Elephants and their diseases
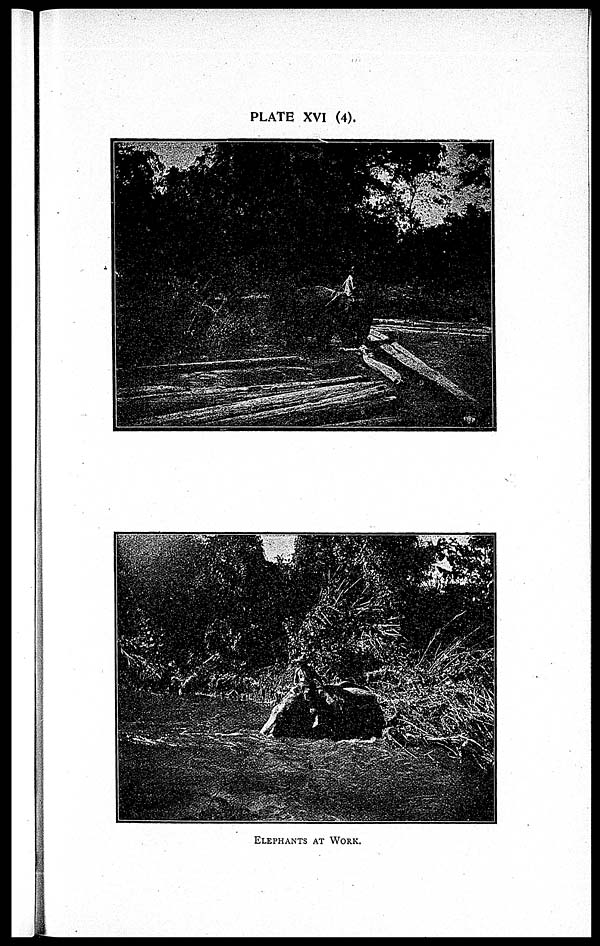
PLATE XVI (4).
ELEPHANTS AT WORK.